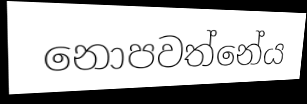
නොපවත්නේය